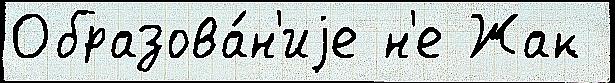
Образова́н'иjе н'е Жак